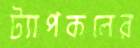
ট্যাপকলের